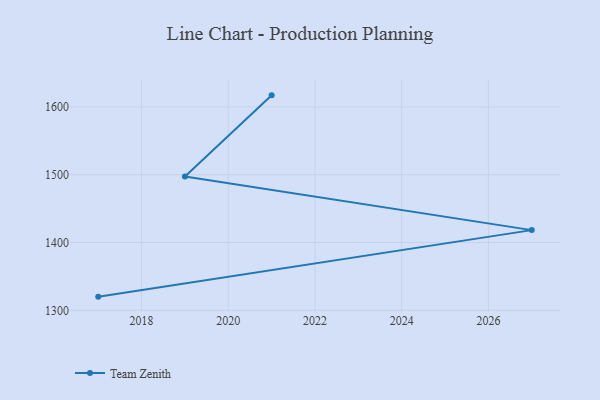
{"axis": {"x": "Year", "y": "Page Views"}, "legend": ["Team Zenith"], "data": [{"x": "2021", "y": 1617.0, "type": "Team Zenith"}, {"x": "2019", "y": 1497.2, "type": "Team Zenith"}, {"x": "2027", "y": 1418.3, "type": "Team Zenith"}, {"x": "2017", "y": 1320.2, "type": "Team Zenith"}]}